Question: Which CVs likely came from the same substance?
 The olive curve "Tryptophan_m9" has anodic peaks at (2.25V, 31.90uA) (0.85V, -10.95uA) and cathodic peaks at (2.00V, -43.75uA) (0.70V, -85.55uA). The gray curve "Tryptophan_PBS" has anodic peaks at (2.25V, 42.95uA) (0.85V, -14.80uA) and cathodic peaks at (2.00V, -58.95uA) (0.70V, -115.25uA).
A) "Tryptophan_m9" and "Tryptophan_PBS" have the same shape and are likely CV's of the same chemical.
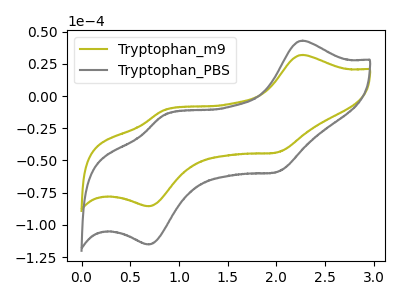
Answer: <think>All the peaks in "Tryptophan_m9" have a peak in "Tryptophan_PBS" at the same potential.
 </think>
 <answer>A) "Tryptophan_m9" and "Tryptophan_PBS" have the same shape and are likely CV's of the same chemical.</answer>
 <eval>A</eval>